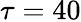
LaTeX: \tau=40